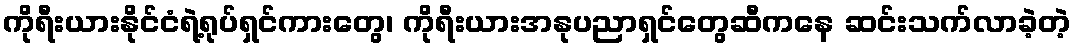
ကိုရီးယားနိုင်ငံရဲ့ရုပ်ရှင်ကားတွေ၊ ကိုရီးယားအနုပညာရှင်တွေဆီကနေ ဆင်းသက်လာခဲ့တဲ့